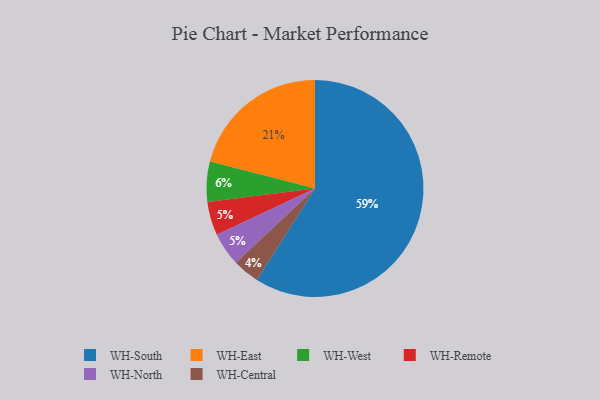
{"axis": {"x": "Category", "y": "Percentage"}, "legend": ["WH-Central", "WH-East", "WH-North", "WH-Remote", "WH-South", "WH-West"], "data": [{"x": "WH-West", "y": 6, "type": "WH-West"}, {"x": "WH-Central", "y": 4, "type": "WH-Central"}, {"x": "WH-Remote", "y": 5, "type": "WH-Remote"}, {"x": "WH-East", "y": 21, "type": "WH-East"}, {"x": "WH-North", "y": 5, "type": "WH-North"}, {"x": "WH-South", "y": 59, "type": "WH-South"}]}